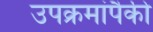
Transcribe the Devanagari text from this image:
उपक्रमांपैकी